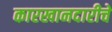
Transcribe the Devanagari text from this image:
कारखानदारीचे